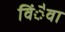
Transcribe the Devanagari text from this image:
विंैवा